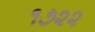
૧૭૨૨